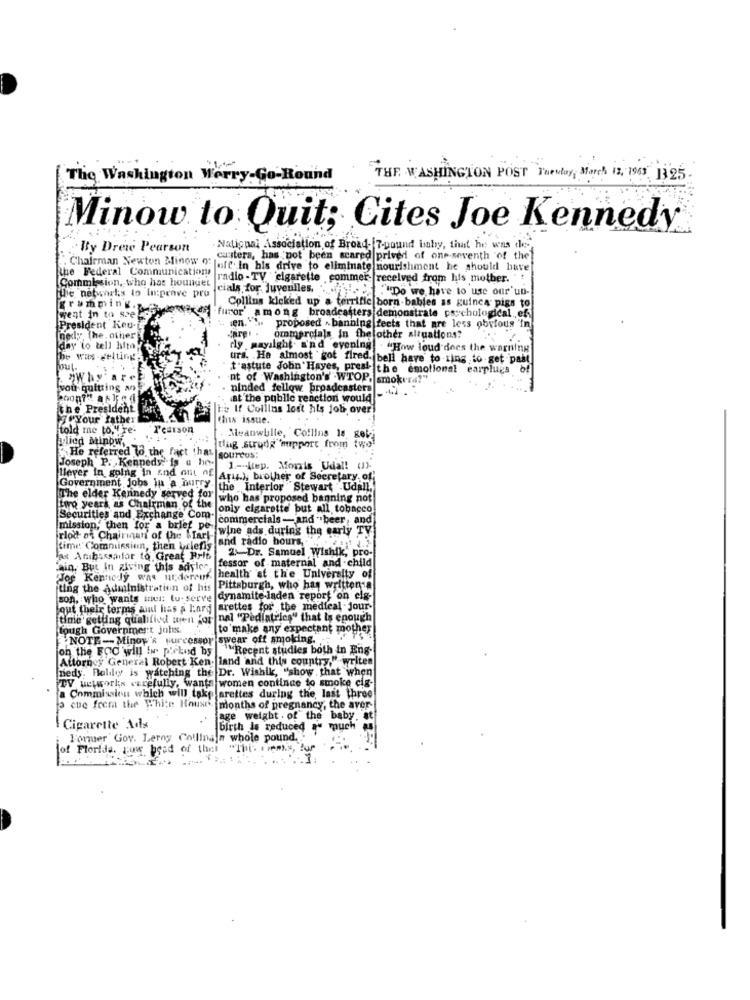
The Washington Werry-Go-Round
THE WASHINGTON POST Tuesday, March 12, 1943, 1325.
Minow to Quit; Cites Joe Kennedy
By Dreie Pearson
National association of Broad- [7-pound baby, that he was dee
Chairman Newton Minow o:
casters, has not been scared prived of one seventh of the
the Federal Communications
9: Jeff. In his drive to eliminate nourishment he should have
Commission, who has houndet
radio - TV cigarette commer- received from his mother.
cials for juveniles. ... . """Do we have to use our'un-
ithe networkis to In:prave pro
Iwent in to sze
gramming.
Collins kicked up a terrific born babies as guinea pigs to
furor' among broadcasters demonstrate psychological .. ef
ien. :
President Kou-
proposed . banning feets that are less obyfous
nedy, the. other
ommercials in the other situations?
day to tell hita
fly mayalght. and evening . "How loud does the warning
he was -welting
urs. He almost got fired. bell have to ting to get past
tout.
t'astute John Hayes, press |the emotional earplugs
be
"Why arel
nt of Washington's"WTOP. smokera?"
vou quitting an
ninded fellow broadcasters . ..
at the public reaction would
the President
te If Collins lost his job over
J.Your father
(ins issue.
told me to,"re'
Pearson
glied Minpw,
Meanwhile, Collins 16 gobi
"He referred to the fact that
tlug strung mipport from twot
SOUTCUS:
Joseph P: Kennedy is & ho.
1 -kep. Morris Udal! (1)-
lever in going in and out of Arts.), brother of Secretary of
Government Jobs in a hurry.
the Interior Stewart Udin,
The elder Kennedy served for
who has proposed banning not
Lire years as Chairman of the
only cigarette but all tobacco
Securities and Exchange Com-
commercials- and - beer, and
mission, then for a brief pe-
wine ads during the early Ty
rlod as Chairman of the War !-
land radio hours,
time:' Commission, then clefis
las Ambassador to Great Brit
2-Dr. Samuel Wishik,' pro-
ain, But In giving this adyles
fessor of maternal and child
WJor Kennedy was undereuk.
health at the University of
iting the Administration of his
Pittsburgh, who has written
son, who wants mus: tu- serve dynamite laden report on elg-
tout their terms ail has a lard arettes for the medieal Jour-
time getting qualified men kot
nal "Pediatrics" that Is enough
fough Government johs.
to make any expectant mother
NOTE- Minoy's Furcessor swear off smoking.
on the ECO will I picked by
""Recent studies both in Eng-
Attorney General Robert Ken- land and this country." writes
[neds. nollo' is watching the Dr. Wishik, "show that when
TV weworks carefully, wants women continue to smoke cig-
a Commission which will take arettes during the last three
cue frem the White House months of pregnancy, the aver-
fage weight . of the baby. at
Cigarette Ads
birth is reduced au much
Former Gov. Leroy Collingin whole pound.
of Florida. sos ponad of the
Hiems, Bu